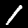
Label: 1